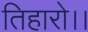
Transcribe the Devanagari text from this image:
तिहारो।।